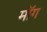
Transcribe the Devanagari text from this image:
माॅग